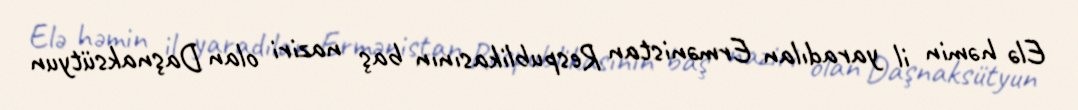
Elə həmin il yaradılan Ermənistan Respublikasının baş naziri olan Daşnaksütyun